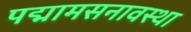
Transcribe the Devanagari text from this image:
पद्मामसनावस्था